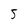
Character: 5